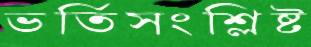
ভর্তিসংশ্লিষ্ট